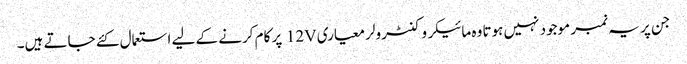
جن پر یہ نمبر موجود نہیں ہوتا وہ مائیکروکنٹرولر معیاری 12V پر کام کرنے کے لیے استعمال کئے جاتے ہیں۔